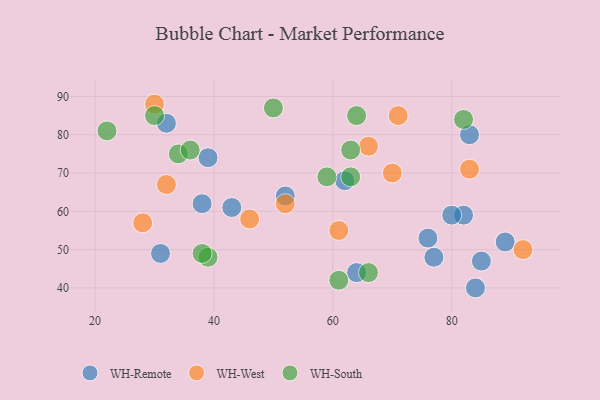
{"axis": {"x": "GDP", "y": "Life Expectancy"}, "legend": ["WH-Remote", "WH-South", "WH-West"], "data": [{"x": "32", "y": 83, "type": "WH-Remote"}, {"x": "52", "y": 64, "type": "WH-Remote"}, {"x": "64", "y": 44, "type": "WH-Remote"}, {"x": "84", "y": 40, "type": "WH-Remote"}, {"x": "62", "y": 68, "type": "WH-Remote"}, {"x": "43", "y": 61, "type": "WH-Remote"}, {"x": "85", "y": 47, "type": "WH-Remote"}, {"x": "77", "y": 48, "type": "WH-Remote"}, {"x": "82", "y": 59, "type": "WH-Remote"}, {"x": "80", "y": 59, "type": "WH-Remote"}, {"x": "83", "y": 80, "type": "WH-Remote"}, {"x": "39", "y": 74, "type": "WH-Remote"}, {"x": "76", "y": 53, "type": "WH-Remote"}, {"x": "38", "y": 62, "type": "WH-Remote"}, {"x": "89", "y": 52, "type": "WH-Remote"}, {"x": "31", "y": 49, "type": "WH-Remote"}, {"x": "32", "y": 67, "type": "WH-West"}, {"x": "92", "y": 50, "type": "WH-West"}, {"x": "71", "y": 85, "type": "WH-West"}, {"x": "61", "y": 55, "type": "WH-West"}, {"x": "83", "y": 71, "type": "WH-West"}, {"x": "66", "y": 77, "type": "WH-West"}, {"x": "46", "y": 58, "type": "WH-West"}, {"x": "30", "y": 88, "type": "WH-West"}, {"x": "52", "y": 62, "type": "WH-West"}, {"x": "28", "y": 57, "type": "WH-West"}, {"x": "70", "y": 70, "type": "WH-West"}, {"x": "63", "y": 69, "type": "WH-South"}, {"x": "59", "y": 69, "type": "WH-South"}, {"x": "61", "y": 42, "type": "WH-South"}, {"x": "34", "y": 75, "type": "WH-South"}, {"x": "66", "y": 44, "type": "WH-South"}, {"x": "50", "y": 87, "type": "WH-South"}, {"x": "63", "y": 76, "type": "WH-South"}, {"x": "30", "y": 85, "type": "WH-South"}, {"x": "64", "y": 85, "type": "WH-South"}, {"x": "39", "y": 48, "type": "WH-South"}, {"x": "38", "y": 49, "type": "WH-South"}, {"x": "82", "y": 84, "type": "WH-South"}, {"x": "22", "y": 81, "type": "WH-South"}, {"x": "36", "y": 76, "type": "WH-South"}]}